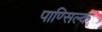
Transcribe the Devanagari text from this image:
पाण्सिल्क